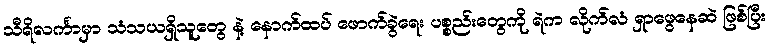
သီရိလင်္ကာမှာ သံသယရှိသူတွေ နဲ့ နောက်ထပ် ဖောက်ခွဲရေး ပစ္စည်းတွေကို ရဲက လိုက်လံ ရှာဖွေနေဆဲ ဖြစ်ပြီး